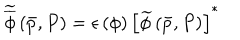
\widetilde { \overline { { { \phi } } } } \left( \bar { p } , P \right) = \epsilon \left( \phi \right) \left[ \widetilde { \phi } \left( \bar { p } , P \right) \right] ^ { * }